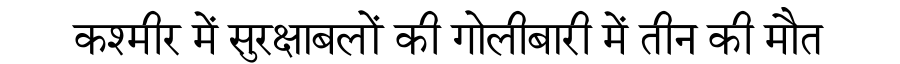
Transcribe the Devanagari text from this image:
कश्मीर में सुरक्षाबलों की गोलीबारी में तीन की मौत